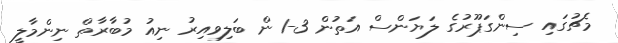
މެޗުގައި ސިންގަޕޫރުގެ ލަޔަންސް އަތުން 3-1 ން ބަލިވިއިރު ނިއު މުބާރާތް ނިންމާލީ